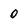
Character: 0